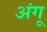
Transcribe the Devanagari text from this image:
अंगू